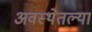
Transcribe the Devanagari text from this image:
अवस्थेतल्या